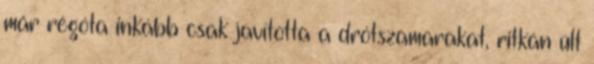
már régóta inkább csak javította a drótszamarakat, ritkán ült